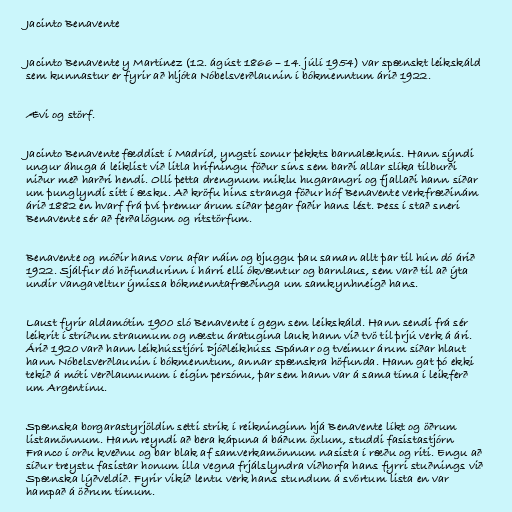
Jacinto Benavente

Jacinto Benavente y Martínez (12. ágúst 1866 – 14. júlí 1954) var spænskt leikskáld
sem kunnastur er fyrir að hljóta Nóbelsverðlaunin í bókmenntum árið 1922.

Ævi og störf.

Jacinto Benavente fæddist í Madríd, yngsti sonur þekkts barnalæknis. Hann sýndi
ungur áhuga á leiklist við litla hrifningu föður síns sem barði allar slíka tilburði
niður með harðri hendi. Olli þetta drengnum miklu hugarangri og fjallaði hann síðar
um þunglyndi sitt í æsku. Að kröfu hins stranga föður hóf Benavente verkfræðinám
árið 1882 en hvarf frá því þremur árum síðar þegar faðir hans lést. Þess í stað sneri
Benavente sér að ferðalögum og ritstörfum.

Benavente og móðir hans voru afar náin og bjuggu þau saman allt þar til hún dó árið
1922. Sjálfur dó höfundurinn í hárri elli ókvæntur og barnlaus, sem varð til að ýta
undir vangaveltur ýmissa bókmenntafræðinga um samkynhneigð hans.

Laust fyrir aldamótin 1900 sló Benavente í gegn sem leikskáld. Hann sendi frá sér
leikrit í stríðum straumum og næstu áratugina lauk hann við tvö til þrjú verk á ári.
Árið 1920 varð hann leikhússtjóri Þjóðleikhúss Spánar og tveimur árum síðar hlaut
hann Nóbelsverðlaunin í bókmenntum, annar spænskra höfunda. Hann gat þó ekki
tekið á móti verðlaununum í eigin persónu, þar sem hann var á sama tíma í leikferð
um Argentínu.

Spænska borgarastyrjöldin setti strik í reikninginn hjá Benavente líkt og öðrum
listamönnum. Hann reyndi að bera kápuna á báðum öxlum, studdi fasistastjórn
Franco í orðu kveðnu og bar blak af samverkamönnum nasista í ræðu og riti. Engu að
síður treystu fasistar honum illa vegna frjálslyndra viðhorfa hans fyrri stuðnings við
Spænska lýðveldið. Fyrir vikið lentu verk hans stundum á svörtum lista en var
hampað á öðrum tímum.